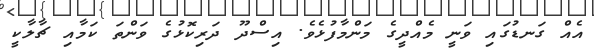
އެއް ގަނޑުގައި ވަނީ މެއްދީގެ މަންމާފުޅެވެ. އިސްދޫ ދަރިކޮޅުގެ ވަންތަ ކަމާއި ޗާލާކީ